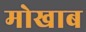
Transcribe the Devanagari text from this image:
मोखाब